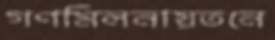
গণমিলনায়তনে